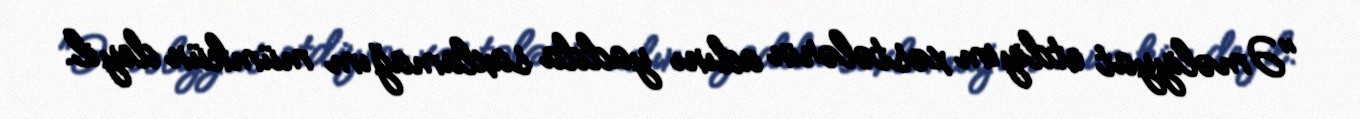
"Əməliyyat etdiyim xəstələrin adını yadda saxlamağım mümkün deyil.